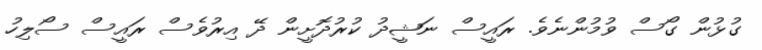
ގުޅުން ގޯސް ވުމުންނެވެ. ރައީސް ނަޝީދު ކުރުދޮށީން ދޭ އިރުވެސް ރައީސް ސޯލިހު